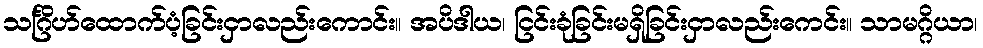
သင်္ဂြိဟ်ထောက်ပံ့ခြင်းငှာလည်းကောင်း။ အပိဒါယ၊ ငြင်းခုံခြင်းမရှိခြင်းငှာလည်းကေင်း။ သာမဂ္ဂိယာ၊